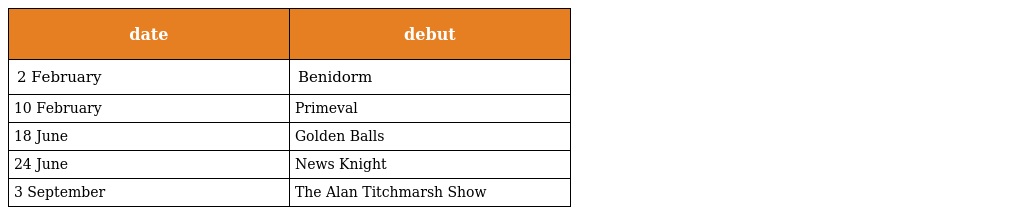
| date | debut |
 | --- | --- |
 | 2 February | Benidorm |
 | 10 February | Primeval |
 | 18 June | Golden Balls |
 | 24 June | News Knight |
 | 3 September | The Alan Titchmarsh Show |